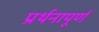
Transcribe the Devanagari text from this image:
प्रर्थनापूर्ण